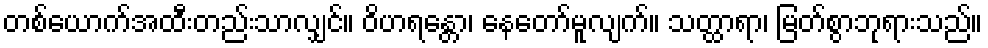
တစ်ယောက်အထီးတည်းသာလျှင်။ ဝိဟရန္တော၊ နေတော်မူလျက်။ သတ္ထာရာ၊ မြတ်စွာဘုရားသည်။